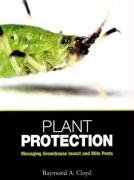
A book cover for Plant Protection: Managing Greenhouse Insect and Mite Pests; Raymond A. Cloyd; Crafts, Hobbies & Home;